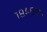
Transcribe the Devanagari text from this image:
१९४६ला